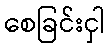
စေခြင်းငှါ